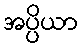
အပ္ပိယာ